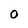
Character: 0